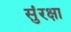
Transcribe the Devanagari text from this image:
सुंरक्षा